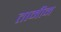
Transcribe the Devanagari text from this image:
तामीम